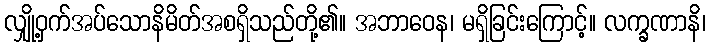
လျှို့ဝှက်အပ်သောနိမိတ်အစရှိသည်တို့၏။ အဘာဝေန၊ မရှိခြင်းကြောင့်။ လက္ခဏာနိ၊